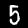
Label: 5